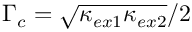
\Gamma _ { c } = \sqrt { \kappa _ { e x 1 } \kappa _ { e x 2 } } / 2